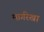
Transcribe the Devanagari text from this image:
मार्गरेखा